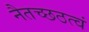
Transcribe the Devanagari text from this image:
नैतच्छठत्वं